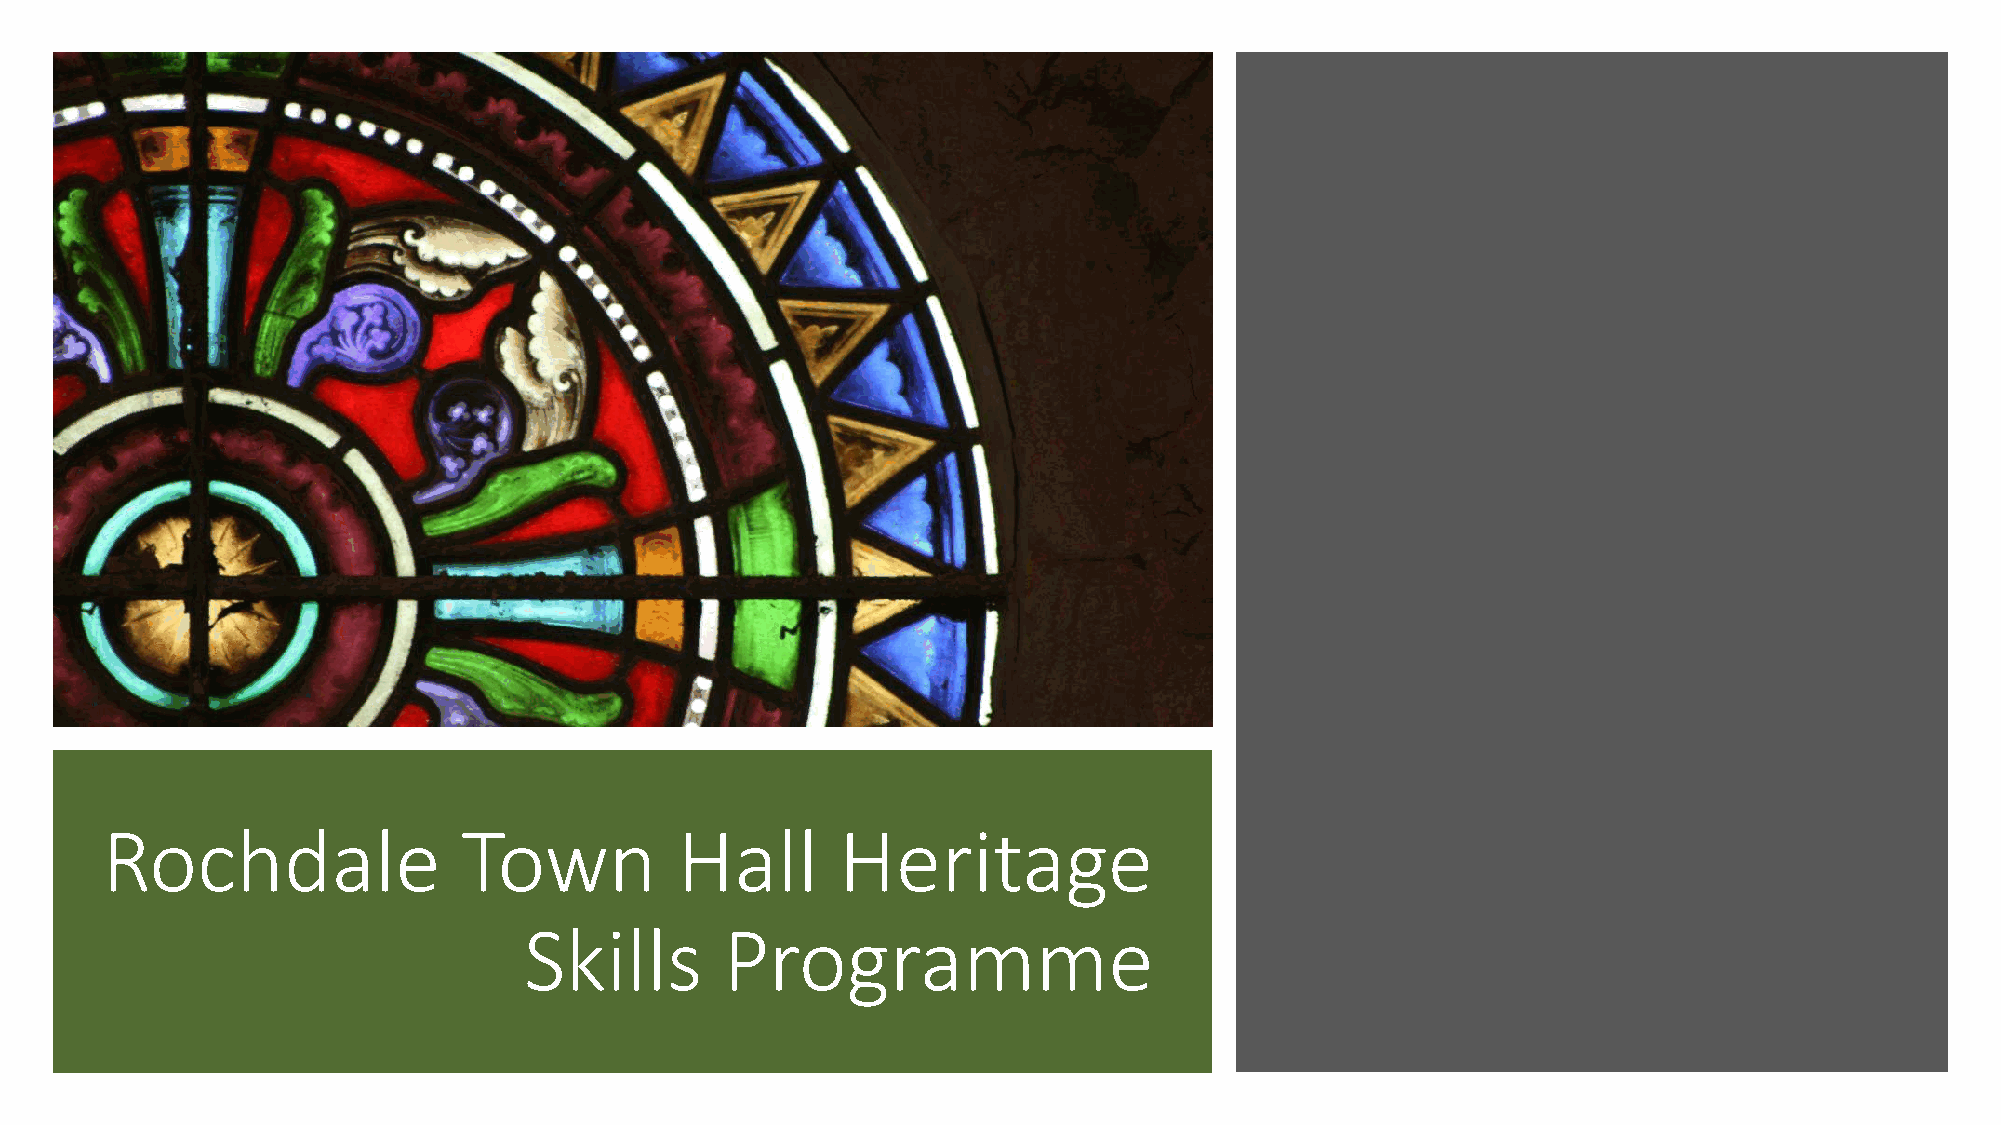
Rochdale                Town          Hall       Heritage
 Skills       Programme